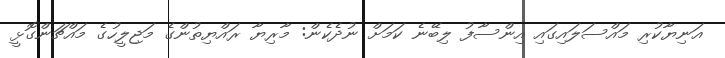
އަނިޔާކުރި މައްސަލައިގައި އިންސާފު ލިބޭނެ ކަމަށް ނުދެކެން: މާރިޔާ ރައްޔިތުންގެ މަޖިލީހުގެ މައްޗަންގޮޅީ